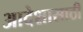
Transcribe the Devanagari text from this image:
आदेशासाठी